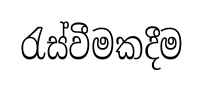
රැස්වීමකදීම